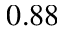
0 . 8 8